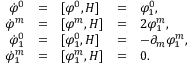
\begin{array} { r c l c l } { { \dot { \varphi } ^ { 0 } } } & { { = } } & { { [ \varphi ^ { 0 } , H ] } } & { { = } } & { { \varphi _ { 1 } ^ { 0 } , } } \\ { { \dot { \varphi } ^ { m } } } & { { = } } & { { [ \varphi ^ { m } , H ] } } & { { = } } & { { 2 \varphi _ { 1 } ^ { m } , } } \\ { { \dot { \varphi } _ { 1 } ^ { 0 } } } & { { = } } & { { [ \varphi _ { 1 } ^ { 0 } , H ] } } & { { = } } & { { - \partial _ { m } \varphi _ { 1 } ^ { m } , } } \\ { { \dot { \varphi } _ { 1 } ^ { m } } } & { { = } } & { { [ \varphi _ { 1 } ^ { m } , H ] } } & { { = } } & { { 0 . } } \end{array}